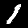
Label: 1